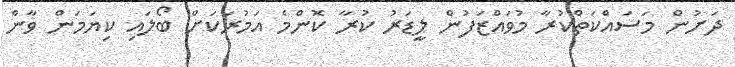
ދަށުން މަސައްކަތްކުރާ މުވައްޒަފުން ލީޑަރު ކުރާ ކޮންމެ އަމުރަކަށް ބޯލައި ކިޔަމަން ވާން